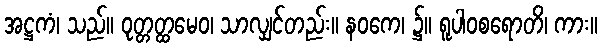
အဋ္ဌကံ၊ သည်။ ဝုတ္တတ္ထမေဝ၊ သာလျှင်တည်း။ နဝကေ၊ ၌။ ရူပါဝစရောတိ၊ ကား။